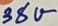
Text: 38V